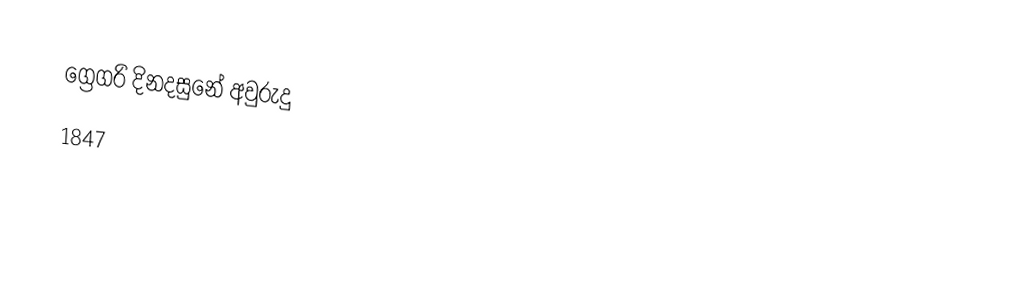
ග්‍රෙගරි දිනදසුනේ අවුරුදු
1847